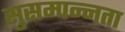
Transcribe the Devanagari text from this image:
सुसम्पन्नता